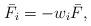
LaTeX: \begin{align*}{\bar F_i} =- {{ w}_i}{\bar F},\end{align*}